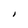
Character: I